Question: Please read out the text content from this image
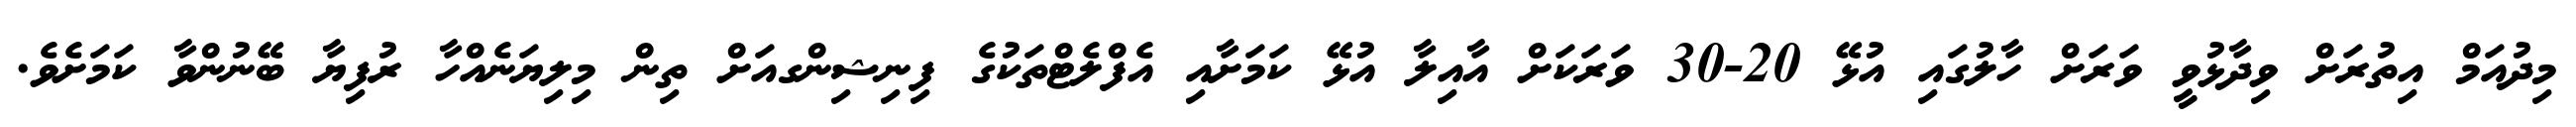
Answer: މިދުއަމް އިތުރަށް ވިދާޅުވީ ވަރަށް ހާލުގައި އުޅޭ 20-30 ވަރަކަށް އާއިލާ އުޅޭ ކަމަށާއި އެފްލެޓްތަކުގެ ފިނިޝިންގއަށް ތިން މިލިޔަނެއްހާ ރުފިޔާ ބޭނުންވާ ކަމަށެވެ.